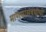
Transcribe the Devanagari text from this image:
माणसांसंबंधीची